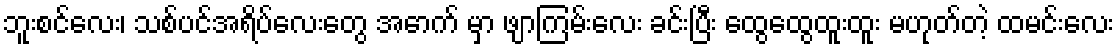
ဘူးစင်လေး၊ သစ်ပင်အရိပ်လေးတွေ အောက် မှာ ဖျာကြမ်းလေး ခင်းပြီး ထွေထွေထူးထူး မဟုတ်တဲ့ ထမင်းလေး